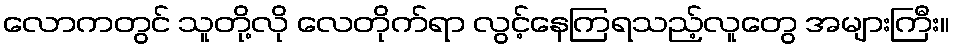
လောကတွင် သူတို့လို လေတိုက်ရာ လွင့်နေကြရသည့်လူတွေ အများကြီး။